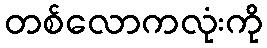
တစ်လောကလုံးကို